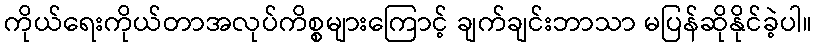
ကိုယ်ရေးကိုယ်တာအလုပ်ကိစ္စများကြောင့် ချက်ချင်းဘာသာ မပြန်ဆိုနိုင်ခဲ့ပါ။